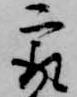
最